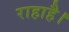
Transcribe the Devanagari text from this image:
राहाहै।